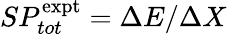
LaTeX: SP_{tot}^{\mathrm{expt}}=\Delta E/\Delta X